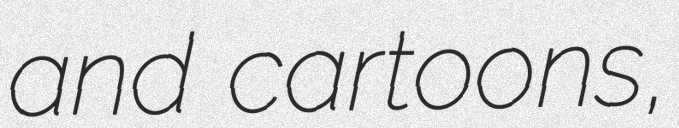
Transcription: and cartoons,